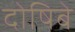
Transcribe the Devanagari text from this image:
दोषिबे